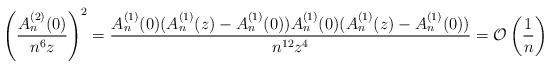
LaTeX: \begin{align*}\left(\frac{A_n^{(2)}(0)}{n^6 z}\right)^2 = \frac{A_n^{(1)}(0)(A_n^{(1)}(z) - A_n^{(1)}(0))A_n^{(1)}(0)(A_n^{(1)}(z) - A_n^{(1)}(0))}{n^{12} z^4} = \mathcal{O}\left(\frac{1}{n}\right)\end{align*}